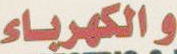
والكهرباء